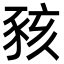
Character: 豥